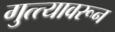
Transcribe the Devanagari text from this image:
गुत्त्यावरून